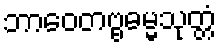
ဘာဝေတဗ္ဗဓမ္မသုတ္တံ